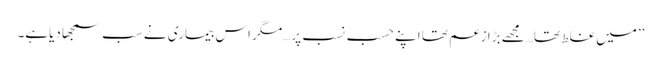
’’میں غلط تھا…مجھے بڑا زعم تھا اپنے حسب نسب پر…مگر اس بیماری نے سب سمجھا دیاہے۔